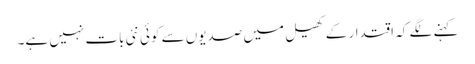
کہنے لگے کہ اقتدار کے کھیل میں صدیوں سے کوئی نئی بات نہیں ہے۔